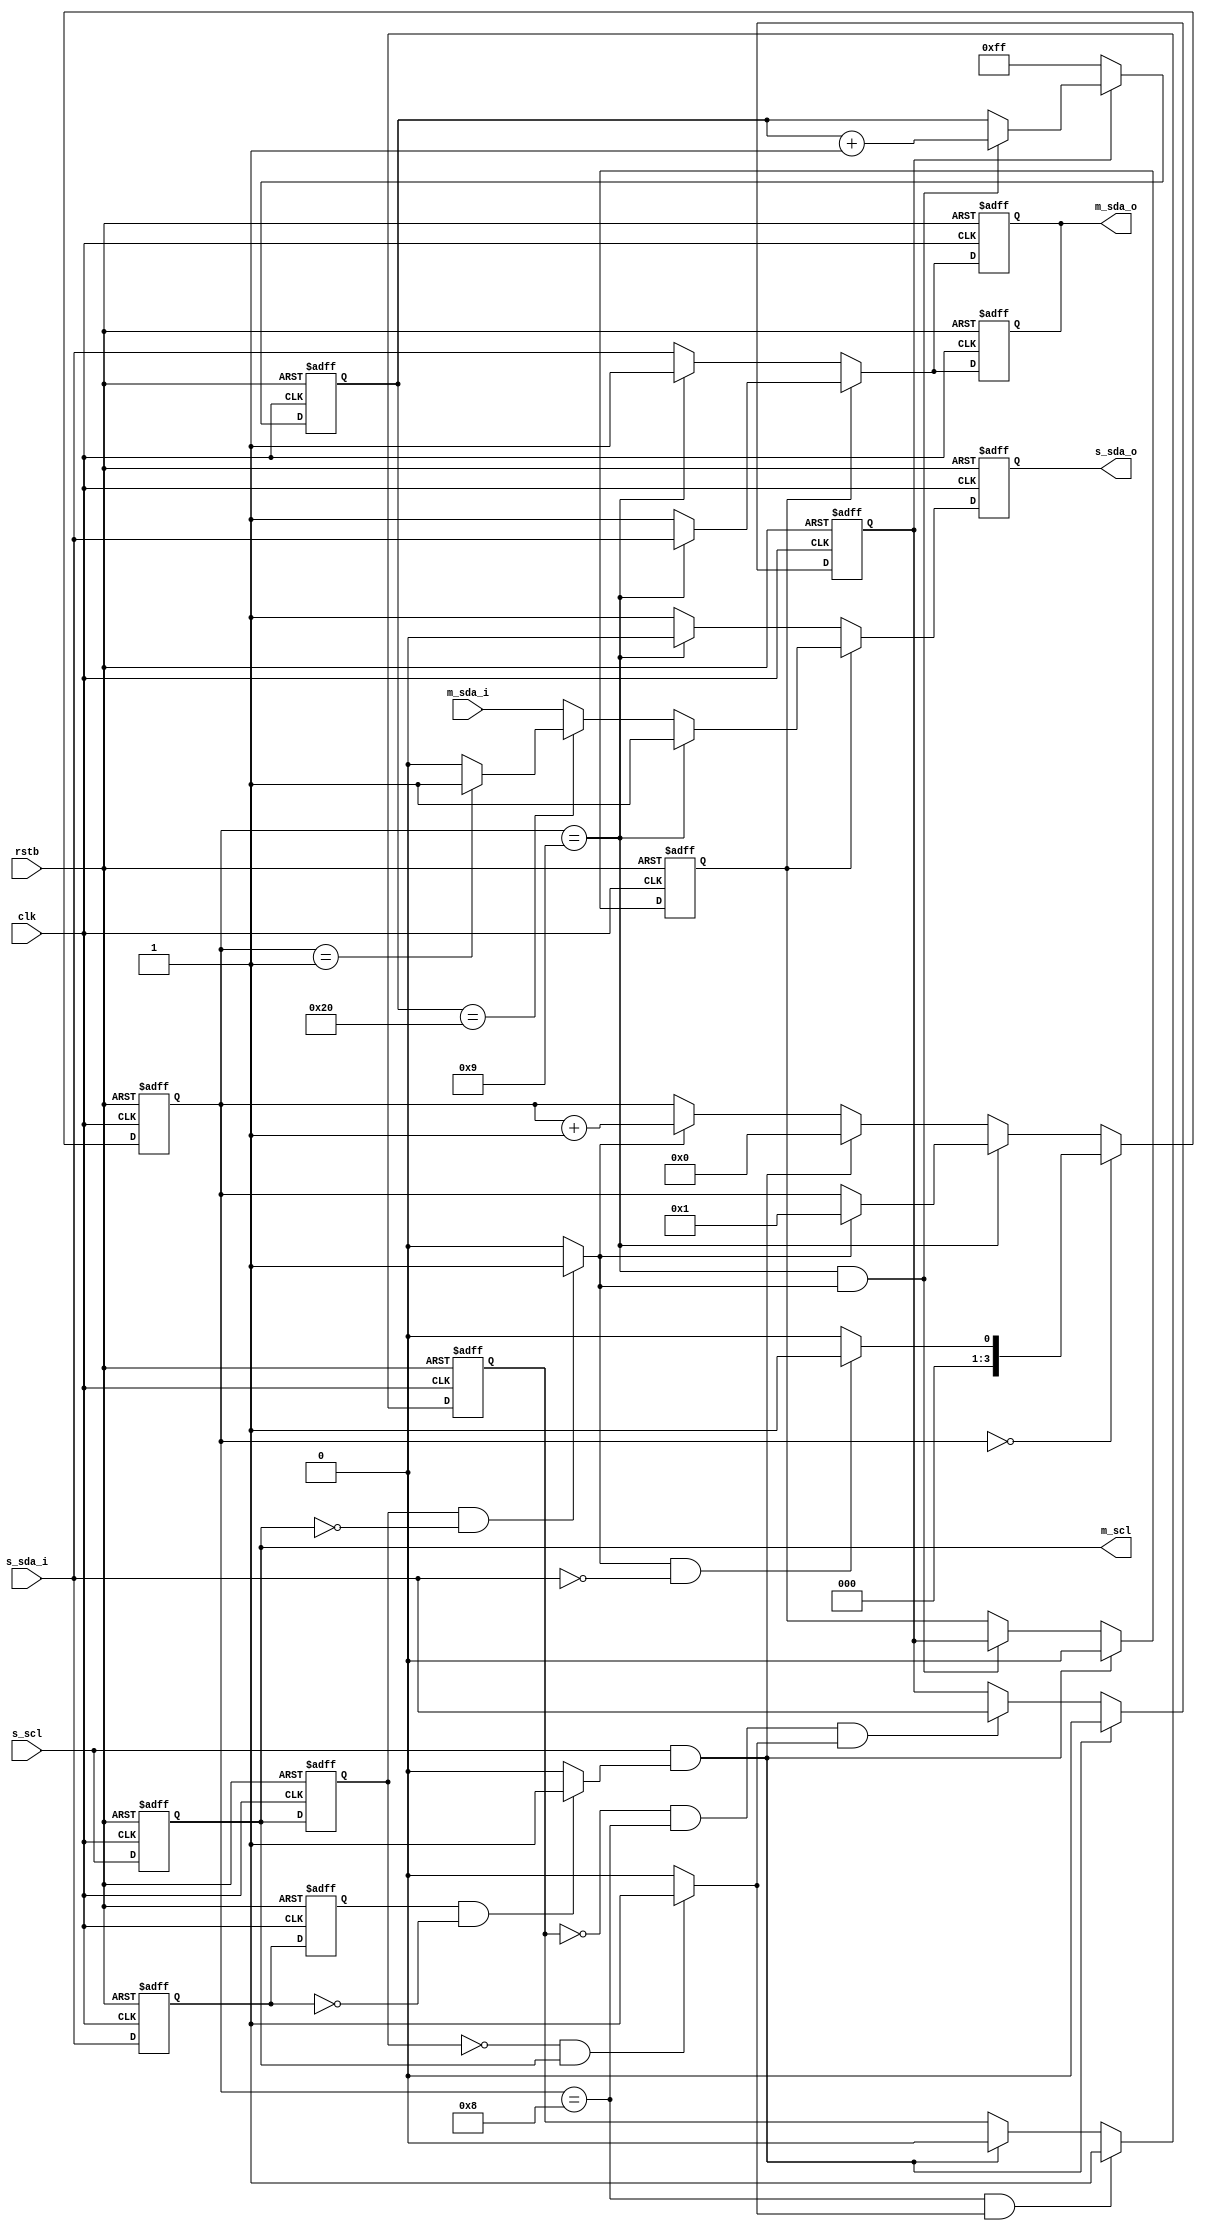
`timescale 1ns / 1ps
//******************************************************************************
//------------------------------------------------------------------------------
// Function             : i2c master if
//                        
//------------------------------------------------------------------------------
// Designer             : yokomizo 
//------------------------------------------------------------------------------
// History
// -.-- 2015/10/02
//******************************************************************************
module i2c_trc ( 
  clk, rstb,
  s_scl,s_sda_i,s_sda_o,   
  m_scl,m_sda_i,m_sda_o
);
  input clk;
  input rstb;  
  input s_scl;
  output s_sda_o;
  input  s_sda_i;
  output m_scl;
  output m_sda_o;
  input  m_sda_i;
  
   
  reg m_sda_o;
  reg s_sda_o;
  
  reg s_scl_d1;  
  reg s_scl_d2;
  wire s_scl_f;
  wire s_scl_r;
  reg s_sda_d1;  
  reg s_sda_d2;
  wire s_sda_f;
  wire s_sda_r;
  reg [3:0]data_cnt;
  reg [7:0]rd_adr;
  
  reg mr_mode_p;  
  reg mr_mode;  
  reg mode_set;  
   
always @ (posedge clk or negedge rstb )
  if (rstb==1'b0) begin 
     s_scl_d1 <= 1'b1;
     s_scl_d2 <= 1'b1;
  end
  else begin
     s_scl_d1 <= s_scl;
     s_scl_d2 <= s_scl_d1;
  end

  
assign m_scl = s_scl_d1;

assign s_scl_f = ((s_scl_d2==1'b1)&&(s_scl_d1==1'b0))?1'b1:1'b0;
assign s_scl_r = ((s_scl_d2==1'b0)&&(s_scl_d1==1'b1))?1'b1:1'b0;

always @ (posedge clk or negedge rstb )
  if (rstb==1'b0) begin 
     s_sda_d1 <= 1'b1;
     s_sda_d2 <= 1'b1;
  end
  else begin
     s_sda_d1 <= s_sda_i;
     s_sda_d2 <= s_sda_d1;
  end
  
assign s_sda_f = ((s_sda_d2==1'b1)&&(s_sda_d1==1'b0))?1'b1:1'b0;
assign s_sda_r = ((s_sda_d2==1'b0)&&(s_sda_d1==1'b1))?1'b1:1'b0;

always @ (posedge clk or negedge rstb )
  if (rstb==1'b0)  
    data_cnt <= 8'h0;
  else
    if (data_cnt==4'h0)
	  if((s_scl_f==1'b1)&&(s_sda_i==1'b0))
        data_cnt <= 8'h1;
	  else   
       data_cnt <= 8'h0;
	else if(data_cnt==4'h9)
	  if(s_scl_f==1'b1)
        data_cnt <= 8'h1;
	  else
	    data_cnt <= data_cnt;	 
    else if((s_scl==1'b1)&&(s_sda_f==1'b1))	
      data_cnt <= 8'h0;	
	else
	  if(s_scl_f==1'b1)
        data_cnt <= data_cnt + 8'h1;
	  else
	    data_cnt <= data_cnt;
 
always @ (posedge clk or negedge rstb )
  if (rstb==1'b0)  
    rd_adr <= 8'hff;
  else
    if (mr_mode_p==1'b1)
	  if((data_cnt==4'h9)&&(s_scl_f==1'b1))
       rd_adr <= rd_adr + 8'h1;
	  else
       rd_adr <= rd_adr ;
	else
      rd_adr <= 8'hff;
	       
always @ (posedge clk or negedge rstb )
  if (rstb==1'b0)  
    mode_set <= 1'b0;
  else    
	if ((data_cnt==4'h8)&&(s_scl_r==1'b1))
      mode_set <= 1'b1;
    //else if ((data_cnt==4'h0)&&(s_scl==1'b1)&&(s_sda_i==1'b1))
    else if ((s_scl==1'b1)&&(s_sda_f==1'b1))	
      mode_set <= 1'b0;
	  
  
always @ (posedge clk or negedge rstb )
  if (rstb==1'b0)  
    mr_mode_p <= 1'b0;
  else
    //if((data_cnt==4'h0)&&(s_scl==1'b1)&&(s_sda_i==1'b1))	
    if ((s_scl==1'b1)&&(s_sda_f==1'b1))	  
      mr_mode_p <= 1'b0; //write
	else
	  if ((mode_set==1'b0)&&(data_cnt==4'h8)&&(s_scl_r==1'b1))
	    mr_mode_p <=s_sda_i;
	  else
	    mr_mode_p <= mr_mode_p;
		

always @ (posedge clk or negedge rstb )
  if (rstb==1'b0)  
    mr_mode <= 1'b0;
  else
    //if((data_cnt==4'h0)&&(s_scl==1'b1)&&(s_sda_i==1'b1))	
    if ((s_scl==1'b1)&&(s_sda_f==1'b1))		
      mr_mode <= 1'b0;  
    else if((data_cnt==4'h9)&&(s_scl_f==1'b1)) 
      mr_mode <= mr_mode_p;
	else 
      mr_mode <= mr_mode;	
	
always @ (posedge clk or negedge rstb )
  if (rstb==1'b0)  
    m_sda_o <= 1'b1;
  else
    if (mr_mode ==1'b0) //write mode
	  if (data_cnt==4'h9) //ack
        m_sda_o <= 1'b1;
	  else
        m_sda_o <= s_sda_i;
    else                // read mode
	  if (data_cnt==4'h9)
        m_sda_o <= s_sda_i;
	  else
        m_sda_o <= 1'b1;
	    
always @ (posedge clk or negedge rstb )
  if (rstb==1'b0)  
    m_sda_o <= 1'b1;
  else
    if (mr_mode ==1'b0) //write mode
	  if (data_cnt==4'h9) //ack
        m_sda_o <= 1'b1;
	  else
        m_sda_o <= s_sda_i;
    else                // read mode
	  if (data_cnt==4'h9)
        m_sda_o <= s_sda_i;
	  else
        m_sda_o <= 1'b1;
	    
always @ (posedge clk or negedge rstb )
  if (rstb==1'b0)  
    s_sda_o <= 1'b1;
  else
    if (mr_mode ==1'b0) //write mode
	  if (data_cnt==4'h9) //ack
        //s_sda_o <= m_sda_i;
        s_sda_o <= 1'b0;
	  else
        s_sda_o <= 1'b1;
    else                // read mode
	  if (data_cnt==4'h9)
        s_sda_o <=  1'b1;
	  else
	    if(rd_adr==8'h20)
		  if(data_cnt==4'h1)
            s_sda_o <= 1'b1;
          else			
            s_sda_o <= 1'b0;
		else
          s_sda_o <=  m_sda_i;
                       
endmodule